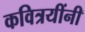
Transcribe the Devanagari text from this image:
कवित्रयींनी